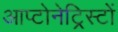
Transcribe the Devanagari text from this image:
आप्टोनेट्रिस्टों